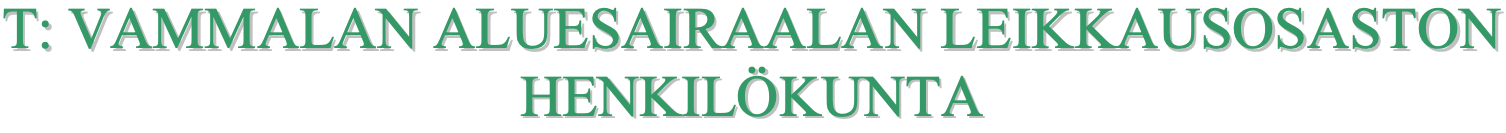
TT:: VVAAMMMMAALLAANN AALLUUEESSAAIIRRAAAALLAANN LLEEIIKKKKAAUUSSOOSSAASSTTOONN HHEENNKKIILLÖÖKKUUNNTTAA